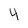
Character: 4